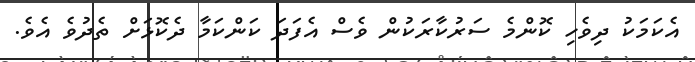
އެކަމަކު ދިވެހި ކޮންމެ ސަރުކާރަކުން ވެސް އެފަދަ ކަންކަމާ ދެކޮޅަށް ތެދުވެ އެވެ.